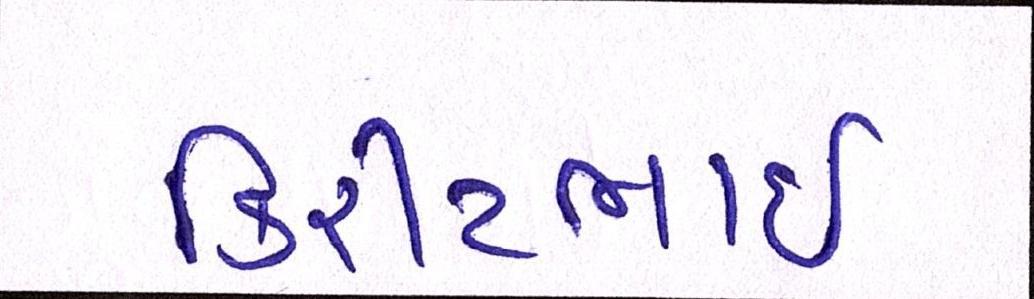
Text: કિરીટભાઈ